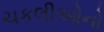
ચકલીઓનો